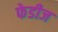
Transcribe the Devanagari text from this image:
फेडीज